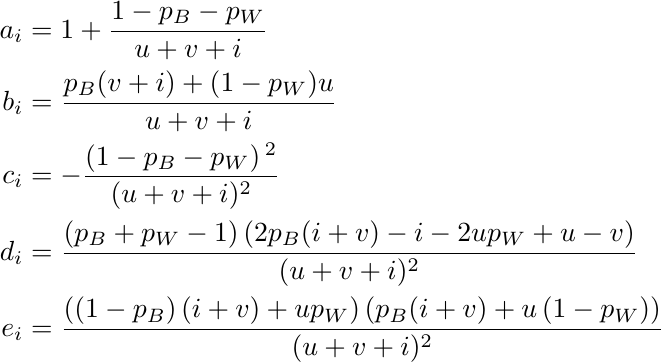
\begin{align*}
    a_i &= 1+\frac{1-p_B - p_W}{u+v+i} \\
    b_i &= \frac{p_B(v+i)+(1-p_W) u}{u+v+i} \\
    c_i &= -\frac{\left(1 -p_B- p_W\right){}^2}{(u+v+i)^2} \\
    d_i &= \frac{\left(p_B+p_W-1\right) \left(2 p_B (i+v)-i-2 u p_W+u-v\right)}{(u+v+i)^2} \\
    e_i &= \frac{\left(\left(1-p_B\right) (i+v)+u p_W\right) \left(p_B (i+v)+u \left(1-p_W\right)\right)}{(u+v+i)^2}
\end{align*}